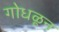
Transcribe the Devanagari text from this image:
गोधळून